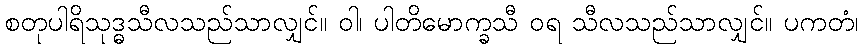
စတုပါရိသုဒ္ဓသီလသည်သာလျှင်။ ဝါ၊ ပါတိမောက္ခသီ ဝရ သီလသည်သာလျှင်။ ပကတံ၊